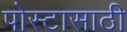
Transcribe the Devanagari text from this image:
पोस्टासाठी